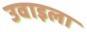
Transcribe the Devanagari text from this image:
उवाइला